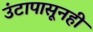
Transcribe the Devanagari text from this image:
उंटापासूनही